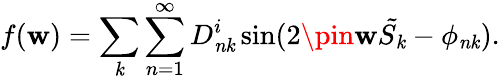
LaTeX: f(\mathbf{w})=\sum_{\mathit{k}}\sum_{n=1}^{\infty}D_{\mathit{{n\mathit{k}}}}^{i}\sin(2\pin\mathbf{w}{\tilde{{S_{\mathit{k}}}}}-\phi_{\mathit{{n\mathit{k}}}}).